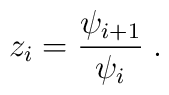
z_i=\frac{\psi _{i+1}}{\psi_i}\;.